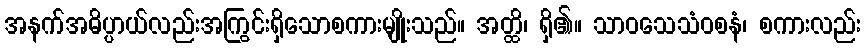
အနက်အဓိပ္ပာယ်လည်းအကြွင်းရှိသောစကားမျိုးသည်။ အတ္ထိ၊ ရှိ၏။ သာဝသေသံဝစနံ၊ စကားလည်း